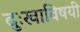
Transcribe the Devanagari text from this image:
दुःखाविषयी